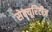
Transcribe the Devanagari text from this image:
सेक्यूरिटीज़